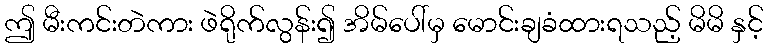
ဤ မီးကင်းတဲကား ဖဲရိုက်လွန်း၍ အိမ်ပေါ်မှ မောင်းချခံထားရသည့် မိမိ နှင့်